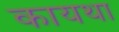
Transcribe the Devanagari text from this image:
कायथा